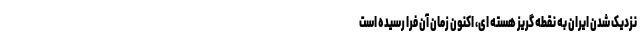
نزدیک شدن ایران به نقطه گریز هسته ای، اکنون زمان آن فرا رسیده است